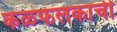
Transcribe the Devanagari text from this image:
कळफलकाची